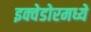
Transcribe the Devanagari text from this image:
इक्वेडोरमध्ये